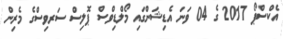
އެކްސްޕޯ 2017 ގެ 04 ވަނަ އެޑިޝަންގައި މޯލްޑިވްސް ޕޮލިސް ސަރވިސްގެ މެރިން